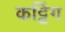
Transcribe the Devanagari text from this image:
कट्टिंग